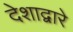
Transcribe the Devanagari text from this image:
देशाद्वारे